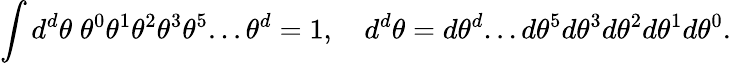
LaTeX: \int d^{d}\theta\; \theta^{0}\theta^{1}\theta^{2}\theta^{3}\theta^{5}...\theta^{d}=1,\quad d^{d}\theta=d\theta^{d}...d\theta^{5}d\theta^{3}d\theta^{2}d\theta^{1}d\theta^{0}.